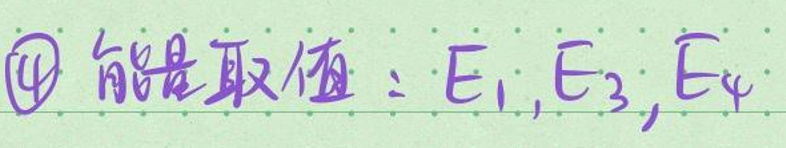
\textcircled{4} 能量取值：$E_1, E_2, E_4$